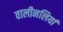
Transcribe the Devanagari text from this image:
वालीनलियां